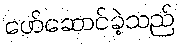
ဖော်ဆောင်ခဲ့သည်